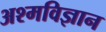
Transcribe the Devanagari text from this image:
अश्मविज्ञान